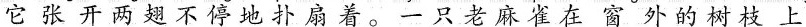
它张开两翅不停地扑扇着。一只老麻雀在窗外的树枝上